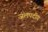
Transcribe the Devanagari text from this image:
जलपदीय